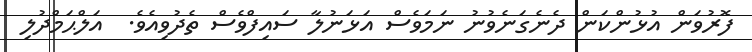
ފޮރުވަން އުޅުންކަން ދެނެގަނެވުނު ނަމަވެސް އަޅަނުލާ ސައިފްވެސް ތެދުވިއެވެ.  އަލްޙަމްދުލި